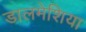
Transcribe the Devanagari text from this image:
डालमेशिया